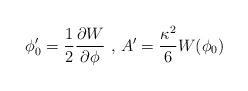
LaTeX: \begin{align*}\phi_0 ' = \frac{1}{2} \frac{\partial W}{\partial \phi} \hbox{ , } A'=\frac{\kappa^2}{6} W(\phi_0)\end{align*}